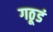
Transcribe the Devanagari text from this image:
गठूडं